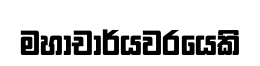
මහාචාර්යවරයෙකි